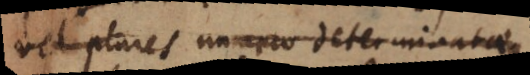
vel plures numero determinatae